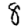
Digit: 8